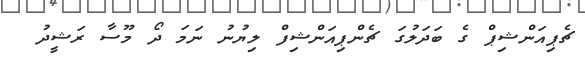
ޗެޕިއަންޝިޕް ގެ ބަދަލުގަ ޗެންޕިއަންޝިފް ލިޔުނު ނަމަ ދޯ މޫސާ ރަޝީދު